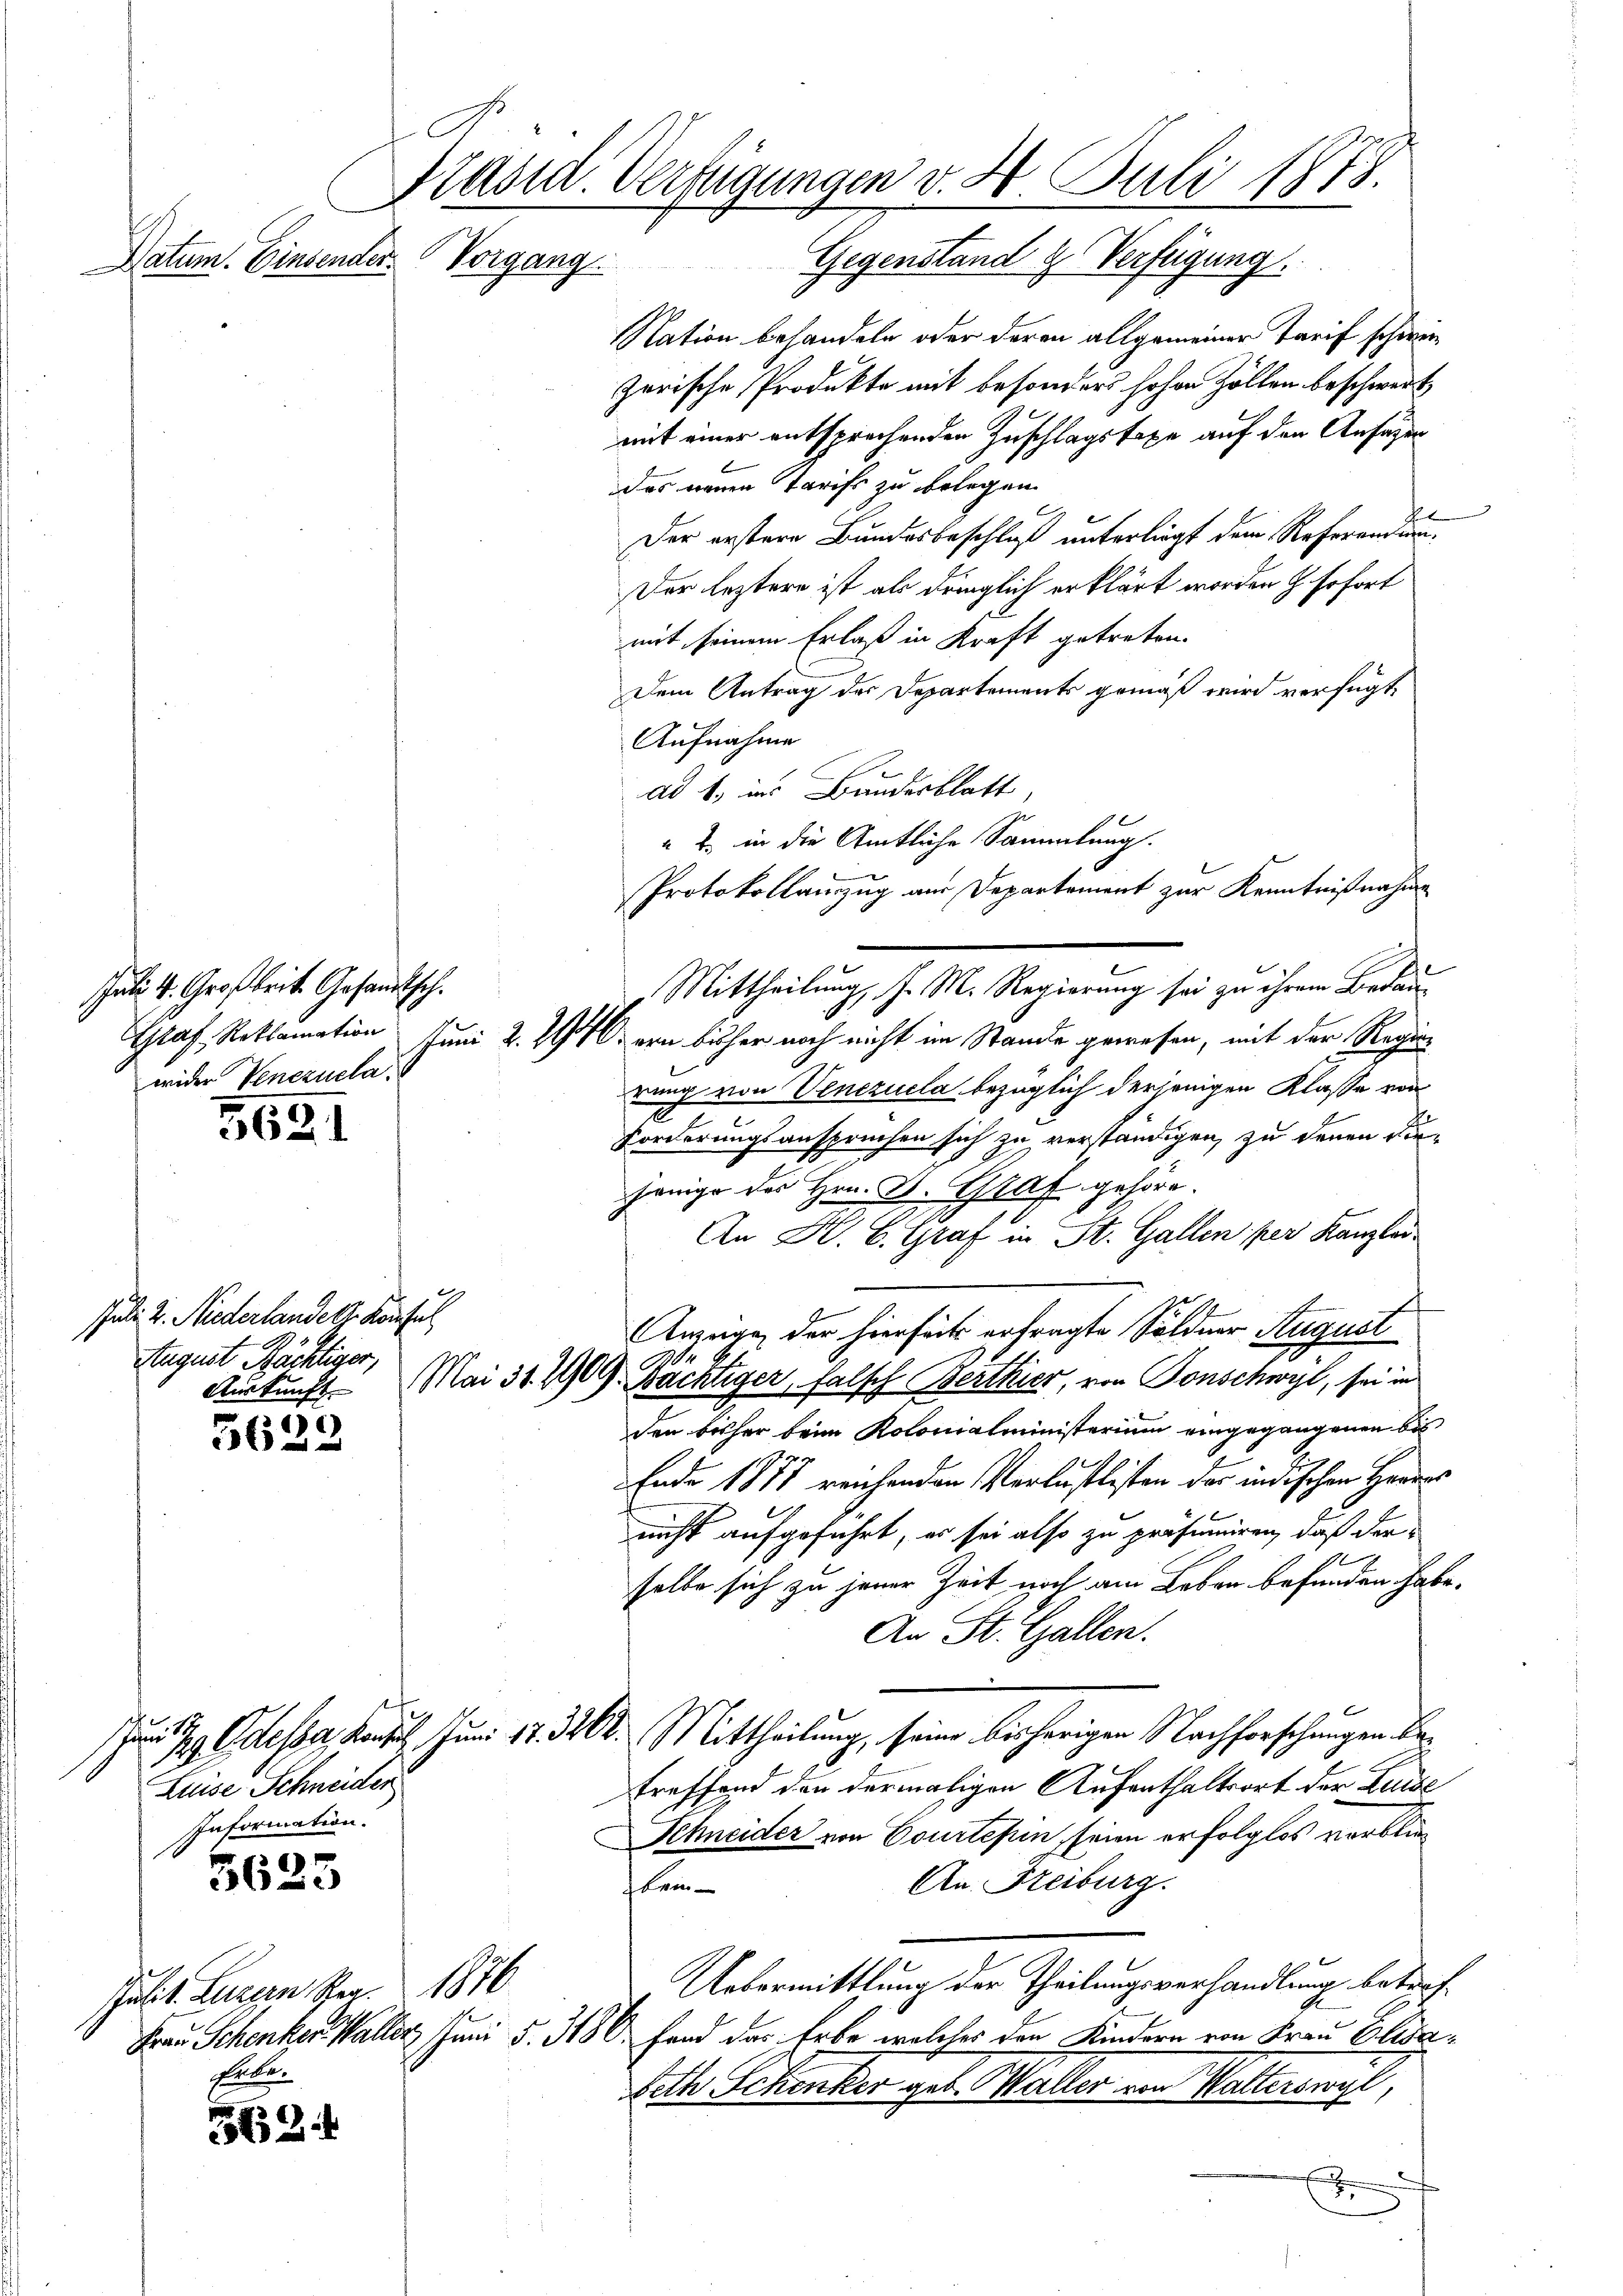
Datum. Einsender Vorgang

5621

)
562:

3625

63

al 4. Großkeit. Gesandtsch.
wider Venezuela¬

Gegenstand & Verfügung.
Nation behandeln oder deren allgemeiner Tarif schweizerische Produkte mit besonders hohen Zöllen beschwert
mit einer entsprechenden Zuschlagstaxe auf den Ansätzen
das neuen Tarifs zu belegen.
e
Der erstere Bundesbeschluß unterliegt dem Referendun¬
Der leztere ist als dringlich erklärt worden h. sofort
mit seinem Erlaß in Kraft getreten.
Dem Antrag des Departements gemäß wird verfügt,
Aufnahme
ad 1., ins Bandesblatt,
" in die Amtliche Sammlung.
Protokollauszug aus Departement zur Kenntnißnahme
Mittheilung, J. M. Regierung sei zu ihrem Bedau¬
GGraf, Reklamation Juni 2. 294 ein bisher noch nicht im Stande gewesen, mit der Regierung von Venezuela bezüglich derjenigen Klasse von
2
Forderungsanspruchen sich zu verständigen, zu denen die-
hönige des Hrn. Dr. Graf gehöre.
An K. B. Graf in St. Gallen per Kanzlei
Anzuge der hierseits erfragte Söldner August
A
Mai 31. 2909. Wächtiger, falsch Berthier, von Tonschwyl, sei in
den bisher beim Kolonialministerium eingegangenen bis
Ende 1877 reichenden Verlustlisten der indischen Herres
nicht aufgeführt, er sei also zu präsumiren, daß der
selbe sich zu jener Zeit noch am Leben befunden habe.
An St. Gallen.
Zu Odessa, Kant. Juni 17. 3262. Mittheilung, seine bisherigen Nachforschungen betreffend den dermaligen Aufenthaltsort der Zude
Schneider von Courtefen, seien erfolglos verblie¬
An Freiburg.
kein
Uebermittlung der Theilungsverhandlung betref¬
Frau Schenker Waller Juni §. 3186. Hand das Erbe, welches den Kindern von Frau Elisa¬
Seth Schenker geb. Waller von Walterswyl,
d

Juli u. Niederlandelt. Konsul
August Bächtiger,
Auskunft.

Luise Schneider
Information.

Präsid. Verfügungen v. 4. Juli 1878.

Julit. Luzern Sper. 1876
sorte.